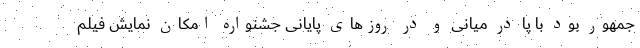
جمهور بود با پا در میانی و در روزهای پایانی جشنواره امکان نمایش فیلم